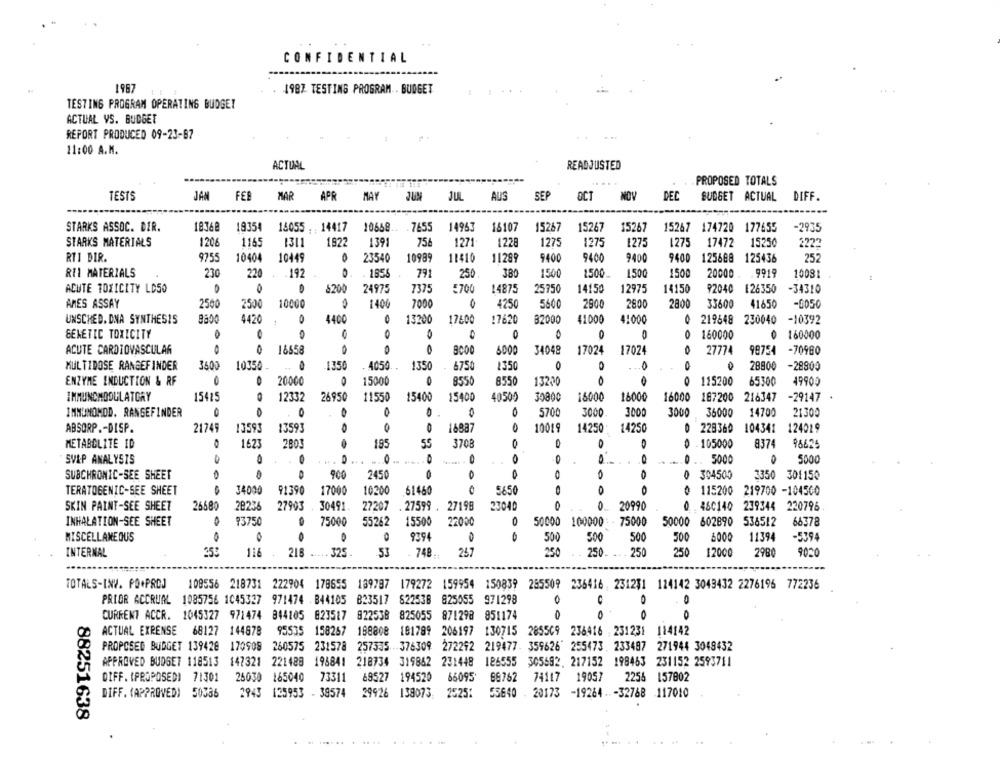
CONFIDENTIAL
1987
1987 TESTING PROGRAM . BUDGET
TESTING PROGRAM OPERATING BUDGET
ACTUAL VS. BUDGET
REPORT PRODUCED 09-23-87
...
11:00 A.M.
ACTUAL
READJUSTED
PROPOSED TOTALS
TESTS
JAM
FER
MAR
APR
MAY
JUL
AUS
SEP
OCT
NOV
DEC
BUDGET ACTUAL
DIFF.
STARKS ASSOC. DIR.
18368
19354
15055 . 14417
10668 .. . 7655
14963
16107
15267
15267
15267
15267 174720 177655
-2935
STARKS MATERIALS
1206
1165
1311
1822
1391
756
1271
1228
1275
1275
1275
1275
17472
15250
2222
RTI DIR.
9755
10404
10449
23540
10989
11$10
11299
9400
9400
9400
9400
125688 125436
252
RII MATERIALS
230
220
-192
0.
1856
791
250
380
1500
1500
1,500
1500
20000
9919
10031
ACUTE TOXICITY LD50
$200
24975
7375
=700
14875
25750
14150
12975
14150
92040
126350
-34310
AMES ASSAY
2500
2500
10000
1400
7000
4250
5600
290
2800
2800
33600
41650
-0050
UNSCHED. DNA SYNTHESIS
4420
4400
13200
17600
17620
B2000
41000
4:000
219648
230040
-10392
GENETIC TOXICITY
0
0
0
0
0 160000
0 160000
ACUTE CARDIOVASCULAR
16658
6000
34048
17024
17024
O
27774
98754
-70980
MULTIDOSE RANGEFINDER
3600
10350-
1350
4050. .
1350
6750
1350
0
0
28800
-28900
ENZYME ENDUCTION & RF
20000
15000
0
8550
8550
13200
0
0
115200
65300
49905
IMMUNCMODULATORY
15425
12332
26950
11550
15400
15400
40500
30800
16000
16000
16000
187200
216347
-29147
0
. 0
O
0 .
O
5700
3000
3000
36000
14700
21300
IMMUNOMOD. RANGEFINDER
3000
ABSORP .- DISP.
21749
13593
13593
O
0
16887
10019
14250
14250
0 228360 104341
124029
1623
2001
185
55
3708
0
0
8374
98674
METABOLITE ID
0 . 105000
SV&P ANALYSIS
- 0
..... D
..
- -...
5000
5000
900
0
SUBCHRONIC-SEE SHEET
0
2450
0
304500
3350 301150
34000
10200
o
TERATOGENIC-SEE SHEET
91390
17000
61460
5650
115200
219700 -104500
0.
SKIN PAINT-SEE SHEET
26680
28236
27903
30491
27207 . 27599 . 27198
23040
20990
460140
239344
220796
INHALATION-SEE SHEET
93750
75000
55262
15500
22000
0
50000
100000 :- 75000
50000 602890
536512
66378
9394
500
500
MISCELLANEOUS
O
0
500
500
6000
11394
-5394
INTERNAL
150
116
216 ..... 325 .
53
748
247
250
250
250
250
12000
2980
9020
TOTALS-INV. PO+PADJ
109556 218731 222904 178655 139787 179272 159954 150839 285509 236416 , 231231 124142 3043432 2276196 772236
PRIOR ACCRUAL
1085756 1045327 971474 B44105 B23517
822538 825055 971298
0
CURRENT ACCR. 1045327 971474 844105 823517 822538 825055 871298 851174
0
0
ACTUAL EXRENSE 68127
144678
95535 158267 188808 181799 206197
130715 285509 236416 . 251231 114142
PROPOSED BUDGET 139428
170909 260575 231578 257535 376309 272292 219477. 359626 255473. 233487 271944 3049432
APPROVED BUDGET 118513
147321 221488 198841 218734 319862 231448
126555 305692. 217152 198463 231152 2593711
DIFF. (PROPOSEDI 71301
26030 165040
73311
69527 194520
66095
88762
74117 19057
2256 157802
DIFF. (APPROVED) 50336
2943 125953 - 38574
29926 138073
2525%
55640 . 20173 -19264 ..- 32768 117010
88251638